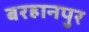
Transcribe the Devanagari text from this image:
बरहानपुर